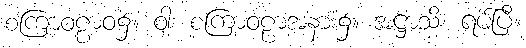
စကြာဝဠာဝ၌။ ဝါ၊ စကြာဝဠာအနား၌။ အဋ္ဌာသိ၊ ရပ်ပြီ။